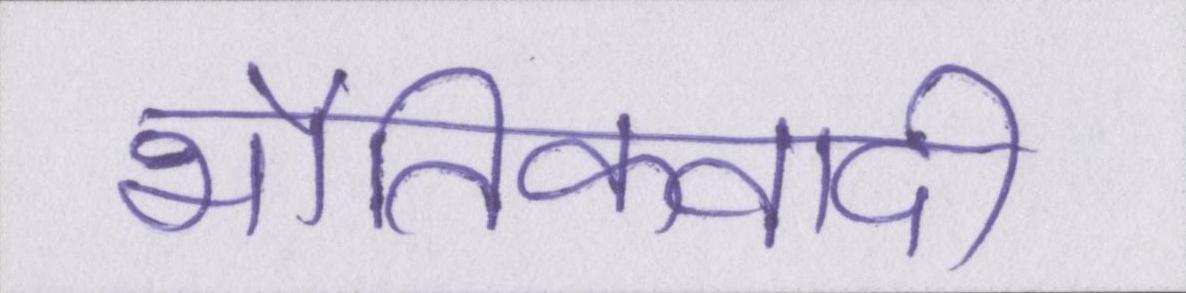
भौतिकवादी